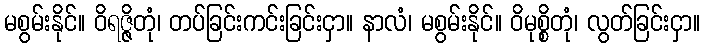
မစွမ်းနိုင်။ ဝိရဇ္ဇိတုံ၊ တပ်ခြင်းကင်းခြင်းငှာ။ နာလံ၊ မစွမ်းနိုင်။ ဝိမုစ္စိတုံ၊ လွတ်ခြင်းငှာ။